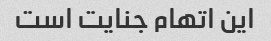
این اتهام جنایت است